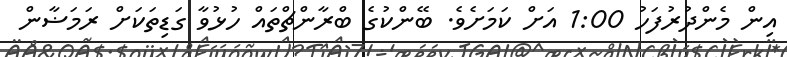
އިން މެންދުރުފަހު 1:00 އަށް ކަމަށެވެ. ބޭންކުގެ ބްރާންޗްތައް ހުޅުވާ ގަޑިތަކަށް ރަމަޟާން